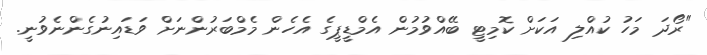
"ރޯދަ މަހު ކުއްލި އަކަށް ކޮމިޓީ ބޭއްވުމުން އެމްޑީޕީގެ އެހެން މެމްބަރުންނަށް ވަޑައިނުގެންނެވުނީ.